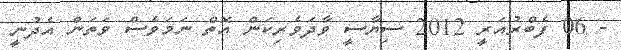
- 06 ފެބްރުއަރީ 2012 ސިޔާސީ ވާދަވެރިކަން އޮތް ނަމަވެސް ވަތަން އެދުނީ